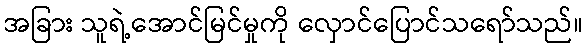
အခြား သူရဲ့အောင်မြင်မှုကို လှောင်ပြောင်သရော်သည်။